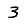
Digit: 3